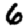
Digit: 6